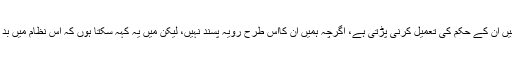
تواس کا کہناتھا کہ ’’درحقیقت ہمیں ان کے حکم کی تعمیل کرنی پڑتی ہے، اگرچہ ہمیں ان کااس طرح رویہ پسند نہیں، لیکن میں یہ کہہ سکتا ہوں کہ اس نظام میں بد عنوانی نہ ہونے کے برابر ہے‘‘۔